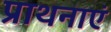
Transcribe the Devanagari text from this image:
प्राथनाएं